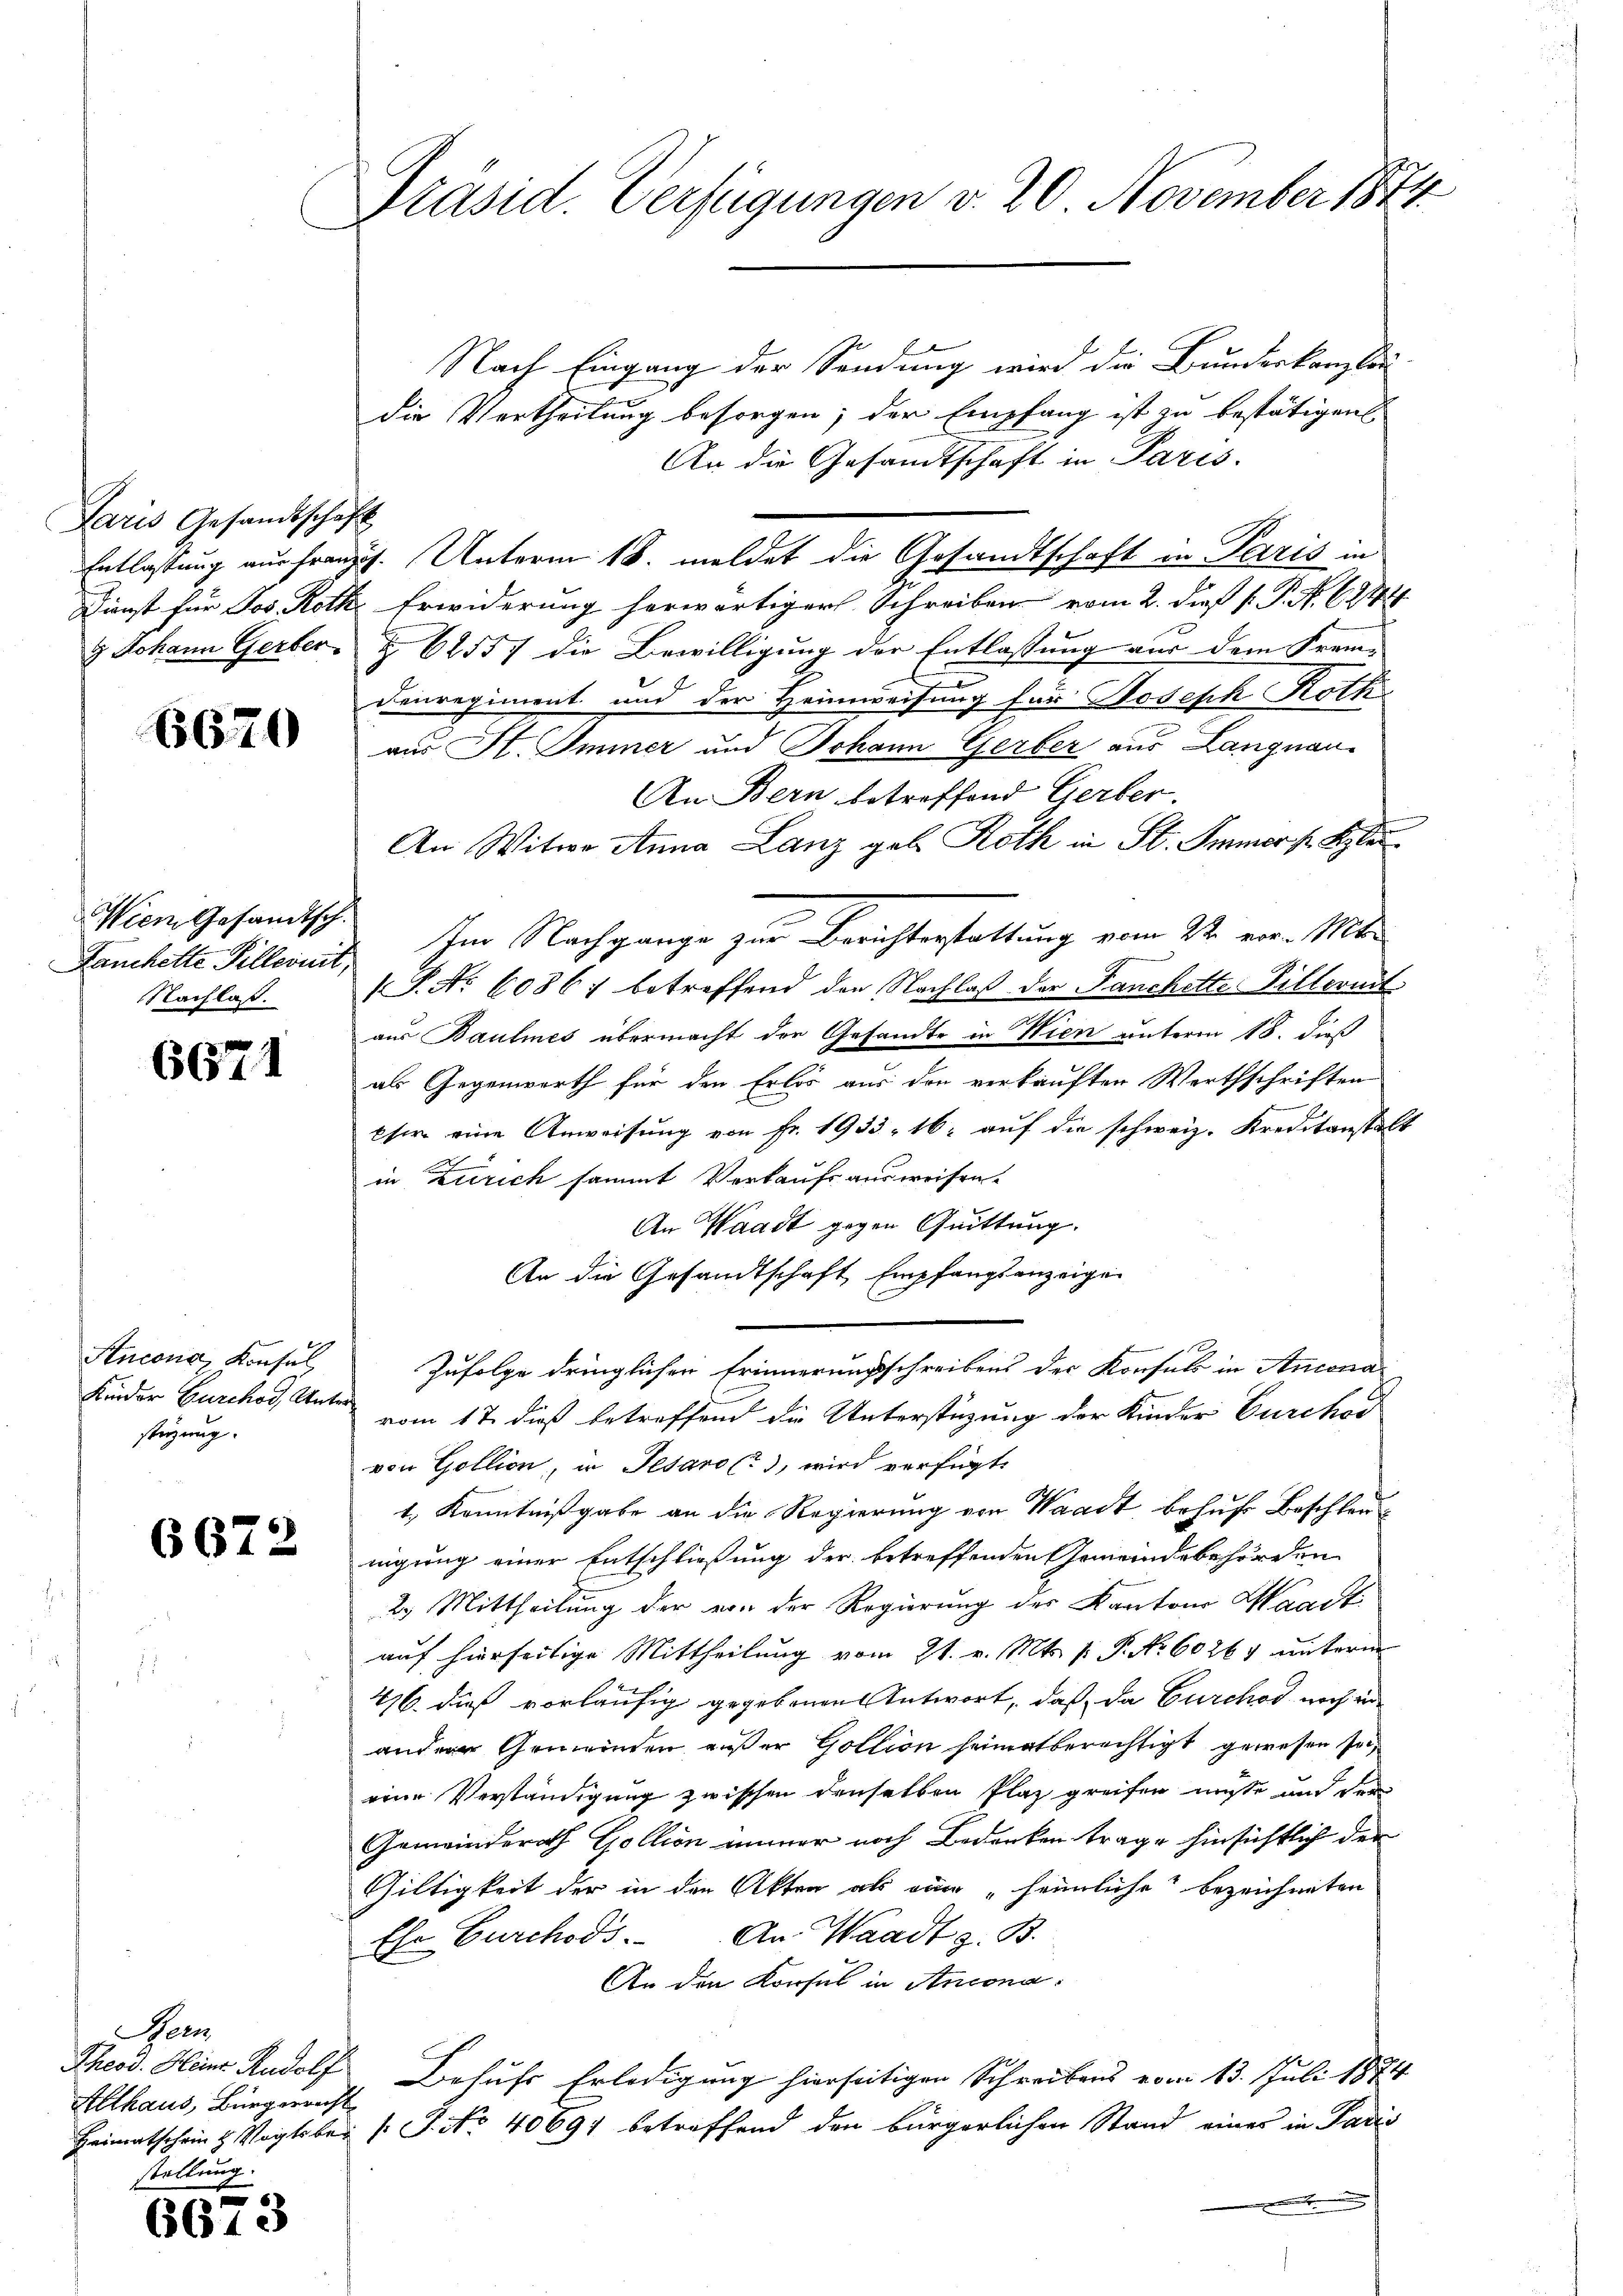
Paris Gesandtschaft

6670

Wien Gesandtsch.
Hanchette Pillernit,
Nachlaß.

6671

stüzung.

6672

Ben
Allhaus, Bürgerrecht
stellung.

t
6613

Präsid. Verfügungen v. 20. November 1874

Nach Eingang der Sendung wird die Bundeskanzlau
die Vertheilung besorgen; der Empfang ist zu bestätigen
An die Gesandtschaft in Paris.
Entlassung aus französ. Unterm 18. meldet die Gesandtschaft in Paris in
Dienst für Jos. Roth Erwiderung herwärtiger Schreiben vom 2. dieß P. P. N. 6844.
3 Johann Gerber § 62557 die Bewilligung der Entlassung aus dem Fran-
Denregiment und der Heimweisung für Hoseph Roth
aus St. Immer und Johann Gerber aus Langnau
An Bern betreffend Gerber.
An Witwe Anna Lanz geb. Roth in St. Immers Klei¬
Im Nachgange zur Berichterstattung vom 22. vor. Mt.
(P. No 6086 betreffend den Nachlaß der Fanchette Villermit
aus Baumes übermacht der Gesandte in Wien unterm 18. dieß
als Gegenworth für den Erlös aus den verkauften Werthschriften
pser eine Anweisung von Fr. 1933, 16. auf die schweiz. Kreditanstalt
in Zürich sammt Verkaufs ausweisen.
An Waadt gegen Quittung.
An die Gesandtschaft Empfangsanzeigen
Ancona, Konsul Zufolge dringlichen Erinnerungsschreibens der Konsuls in Ancona
Kinder Burchor, Unter vom 17. dieß betreffend die Unterstüzung der Kinder Durchor
von Gollion, in Jesaro (?), wird verfügte
t, Kenntnißgabe an die Regierung von Waadt behufs Beschleunigung einer Entschließung der betreffenden Gemeindebehörden
2. Mittheilung der von der Regierung der Kantone Waadt
auf hierseitige Mittheilung vom 21. v. Mts. f. P. Nr. 60264 unterm
416. dieß vorläufig gegebenen Antwort, daß da Furchod noch an
ander Gemeinden außer Gollion heimatberechtigt gewesen sei,
eine Verständigung zwischen denselben Plaz greifen müsse und der
Gemeinderath Gollion immer noch Bedenken trage hinsichtlich der
Giltigkeit der in den Akten als ein „heimliche bezeichneten
Ehr Durchods. An Waadt z. B.
An den Konsul in Ancona¬
Theod. Heine Rudolf Behufs Erledigung hierseitigen Schreibens vom 13. Juli 1874.
Heimatschein & Vogtober 1. No. 40694 betreffend den bürgerlichen Stand eines in Paris
.